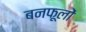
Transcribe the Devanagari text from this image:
बनफूलों